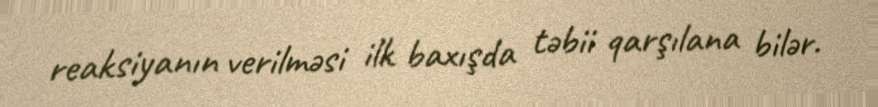
reaksiyanın verilməsi ilk baxışda təbii qarşılana bilər.